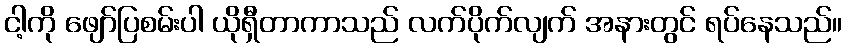
ငါ့ကို ဖျော်ပြစမ်းပါ ယိုရှီတာကာသည် လက်ပိုက်လျက် အနားတွင် ရပ်နေသည်။